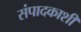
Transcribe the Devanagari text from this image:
संपादकाशी